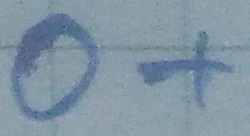
Text: O+